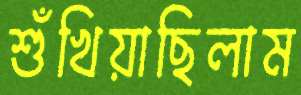
শুঁখিয়াছিলাম